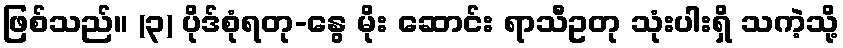
ဖြစ်သည်။ (၃) ပိုဒ်စုံရတု-နွေ မိုး ဆောင်း ရာသီဥတု သုံးပါးရှိ သကဲ့သို့